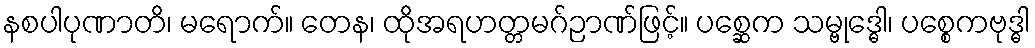
နစပါပုဏာတိ၊ မရောက်။ တေန၊ ထိုအရဟတ္တမဂ်ဉာဏ်ဖြင့်။ ပစ္ဆေက သမ္ဗုဒ္ဓေါ၊ ပစ္စေကဗုဒ္ဓါ